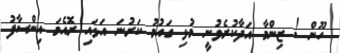
ހޫން ! ޒިންމާ އަދާކުރެވުނީ މުޅި ގައުމު ކަރުނަ އަޅައި ރޮއެމަ އިންސާފު